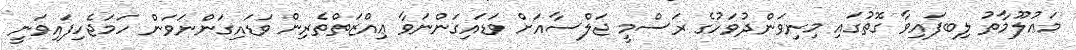
މަޢުލޫމާތު ލިބފައިވާ ގޮތުގައި މިނިވަންދުވަހުގެ ރަސްމީ ޖަލްސާއަށް ވަޑައިގަންނަވާ ޢިއްޒަތްތެރިން ވަޑައިގަންނަވަން ހަމަޖެހިފައިވަނީ